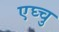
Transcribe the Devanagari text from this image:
एघ्चु